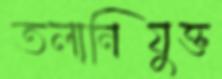
তলানিযুক্ত